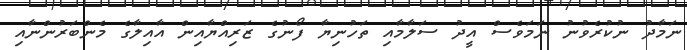
ނަމާދު ނުކުރެވުނު ނަމަވެސް އީދު ސަލާމާއި ތަހުނިޔާ ފޯނުގެ ޒަރިއްޔާއިން އާއިލާގެ މެންބަރުންނާއި